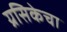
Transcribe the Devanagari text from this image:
ग्रसिकेचा